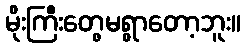
မိုးကြီးတွေမရွာတော့ဘူး။